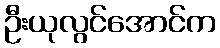
ဦးယုလွင်အောင်က